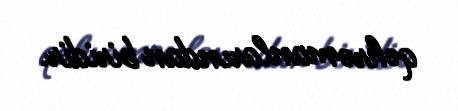
qəhrəmanlarından biridir.